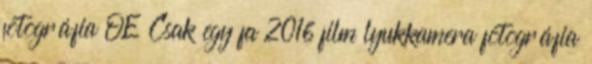
fotográfia OE Csak egy fa 2016 film lyukkamera fotográfia